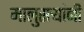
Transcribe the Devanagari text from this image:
मालुसर्‍यांनी